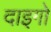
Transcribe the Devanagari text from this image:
दाइगो